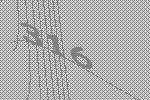
316